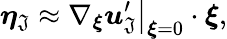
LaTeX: \boldsymbol{\eta}_{\mathfrak{J}}\approx\left.\nabla_{\boldsymbol{\xi}}\boldsymbol{u}_{\mathfrak{J}}^{\prime}\right|_{\boldsymbol{\xi}=0}\cdot\boldsymbol{\xi},